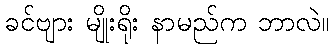
ခင်ဗျား မျိုးရိုး နာမည်က ဘာလဲ။